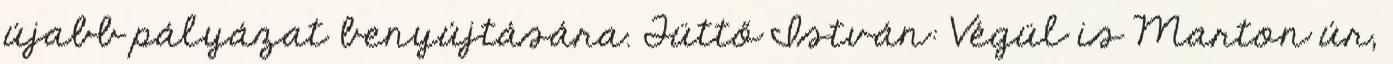
újabb pályázat benyújtására. Tüttő István: Végül is Marton úr,